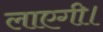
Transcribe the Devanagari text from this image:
लाएगी।